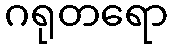
ဂရုတရော